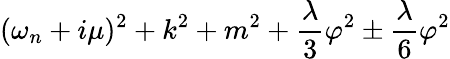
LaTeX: (\omega_{n}+i\mu)^{2}+k^{2}+m^{2}+\frac{\lambda}{3}\varphi^{2}\pm\frac{\lambda}{6}\varphi^{2}